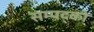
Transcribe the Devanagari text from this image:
सम्पद्को